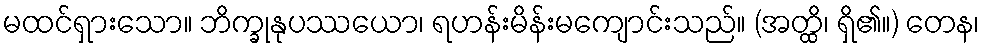
မထင်ရှားသော။ ဘိက္ခုနုပဿယော၊ ရဟန်းမိန်းမကျောင်းသည်။ (အတ္ထိ၊ ရှိ၏။) တေန၊